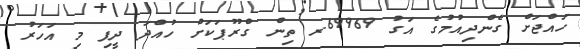
ހައްޖަށް ގެންދިއުމުގެ އަގު 69969ރ ތިން ގްރޫޕަކަށް ހުއްދަ ދީފި މި އަހަރު